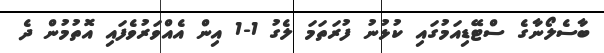
ބާސެލޯނާގެ ސްޓޭޑިއަމުގައި ކުޅުނު ފުރަތަމަ ލެގު 1-1 އިން އެއްވަރުވެފައި އޮތުމުން ދެ